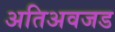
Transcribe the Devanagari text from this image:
अतिअवजड